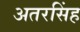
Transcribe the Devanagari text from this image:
अतरसिंह